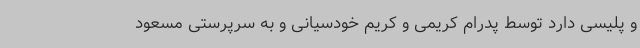
و پلیسی دارد توسط پدرام کریمی و کریم خودسیانی و به سرپرستی مسعود